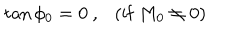
\tan \phi _ { 0 } = 0 \ , \ \ \ ( \mathrm { i f } \ M _ { 0 } \ne 0 )